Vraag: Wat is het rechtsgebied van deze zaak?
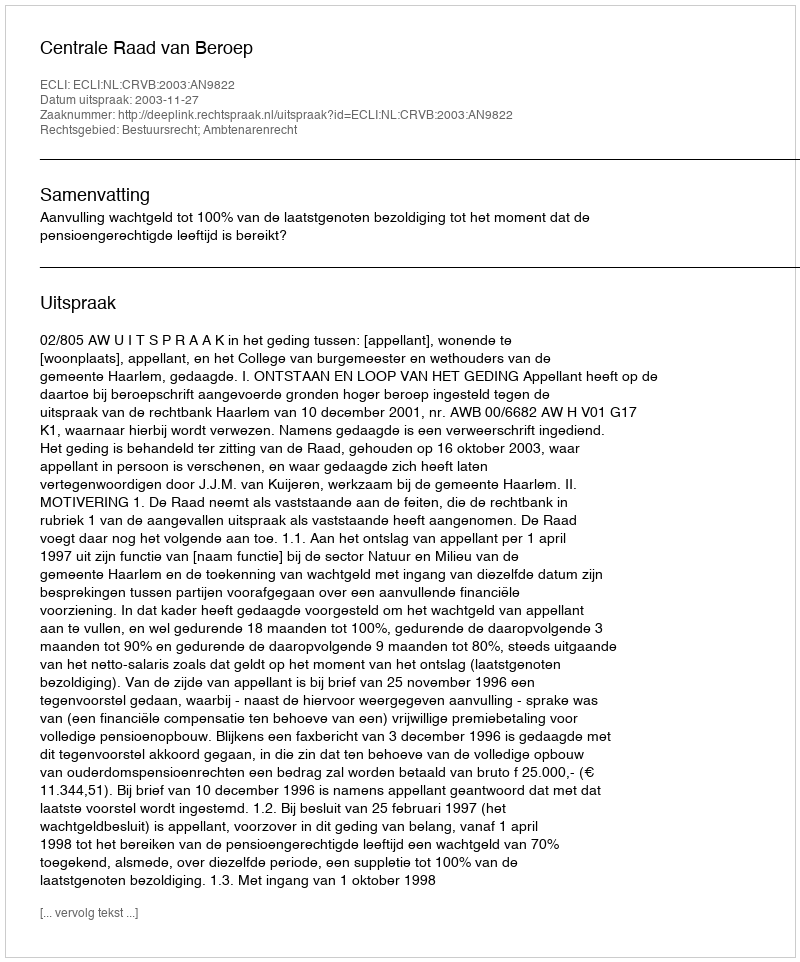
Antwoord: Bestuursrecht; Ambtenarenrecht